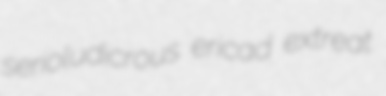
serioludicrous ericad extreat